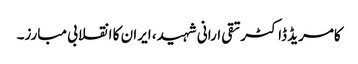
کامریڈ ڈاکٹرتقی ارانی شہید، ایران کا انقلابی مبارز۔